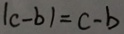
\vert c - b \vert = c - b